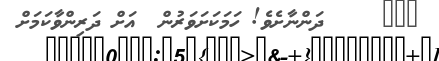
١٥٢     ދަންނާށެވެ! ހަމަކަށަވަރުން  އަށް ދަރިންވާކަމަށް